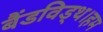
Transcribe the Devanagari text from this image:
बैंडविड्थ।हम